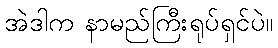
အဲဒါက နာမည်ကြီးရုပ်ရှင်ပဲ။